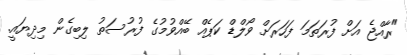
"ރާއްޖެ އަށް ފުރަތަމަ ފަހަރަށްް ވޯލްޑް ކަޕެއް ބޭއްވުމުގެ ފުރުސަތު ލިބިގެން މިދިޔައީ.